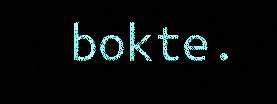
bokte.